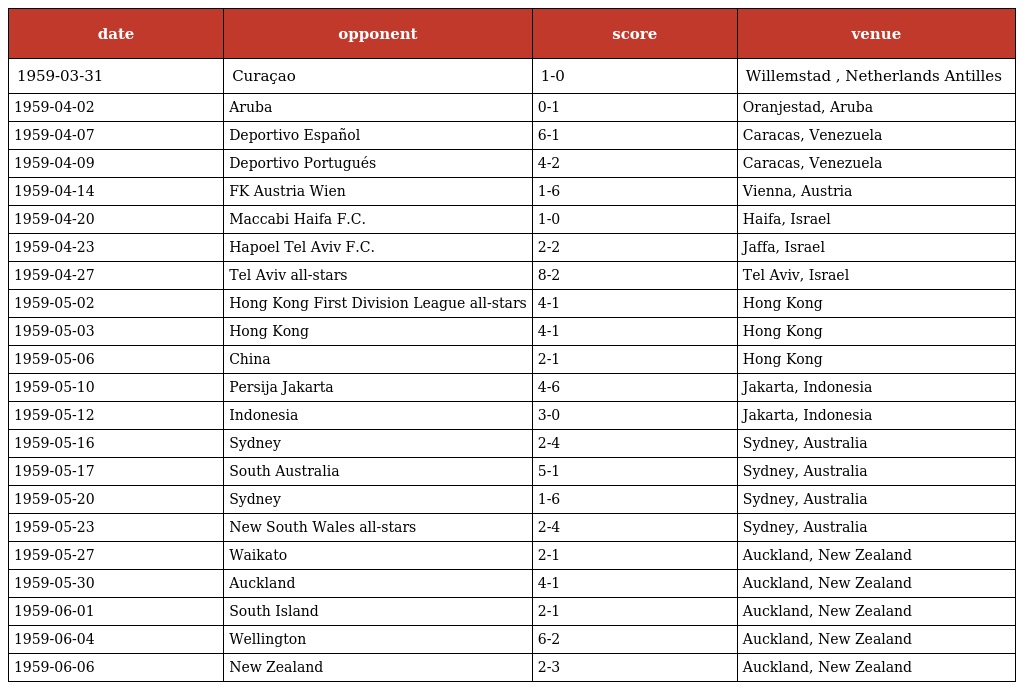
| date | opponent | score | venue |
 | --- | --- | --- | --- |
 | 1959-03-31 | Curaçao | 1-0 | Willemstad , Netherlands Antilles |
 | 1959-04-02 | Aruba | 0-1 | Oranjestad, Aruba |
 | 1959-04-07 | Deportivo Español | 6-1 | Caracas, Venezuela |
 | 1959-04-09 | Deportivo Portugués | 4-2 | Caracas, Venezuela |
 | 1959-04-14 | FK Austria Wien | 1-6 | Vienna, Austria |
 | 1959-04-20 | Maccabi Haifa F.C. | 1-0 | Haifa, Israel |
 | 1959-04-23 | Hapoel Tel Aviv F.C. | 2-2 | Jaffa, Israel |
 | 1959-04-27 | Tel Aviv all-stars | 8-2 | Tel Aviv, Israel |
 | 1959-05-02 | Hong Kong First Division League all-stars | 4-1 | Hong Kong |
 | 1959-05-03 | Hong Kong | 4-1 | Hong Kong |
 | 1959-05-06 | China | 2-1 | Hong Kong |
 | 1959-05-10 | Persija Jakarta | 4-6 | Jakarta, Indonesia |
 | 1959-05-12 | Indonesia | 3-0 | Jakarta, Indonesia |
 | 1959-05-16 | Sydney | 2-4 | Sydney, Australia |
 | 1959-05-17 | South Australia | 5-1 | Sydney, Australia |
 | 1959-05-20 | Sydney | 1-6 | Sydney, Australia |
 | 1959-05-23 | New South Wales all-stars | 2-4 | Sydney, Australia |
 | 1959-05-27 | Waikato | 2-1 | Auckland, New Zealand |
 | 1959-05-30 | Auckland | 4-1 | Auckland, New Zealand |
 | 1959-06-01 | South Island | 2-1 | Auckland, New Zealand |
 | 1959-06-04 | Wellington | 6-2 | Auckland, New Zealand |
 | 1959-06-06 | New Zealand | 2-3 | Auckland, New Zealand |